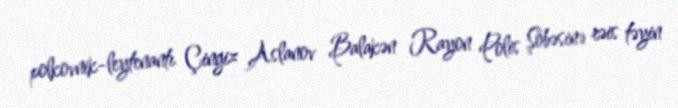
polkovnik-leytenantı Çingiz Aslanov Balakən Rayon Polis Şöbəsinə rəis təyin